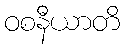
ဝစနီယာတိ